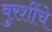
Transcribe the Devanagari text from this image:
बुरशींचे